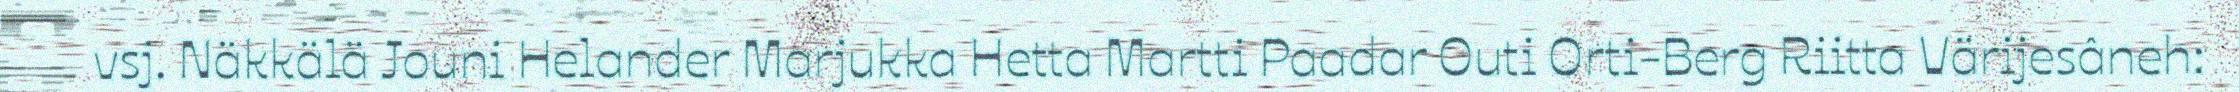
vsj. Näkkälä Jouni Helander Marjukka Hetta Martti Paadar Outi Orti-Berg Riitta Värijesâneh: